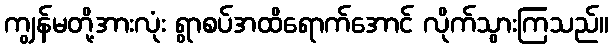
ကျွန်မတို့အားလုံး ရွာစပ်အထိရောက်အောင် လိုက်သွားကြသည်။